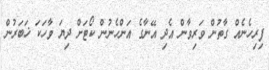
ފިރިހެނެއް ގާތުން ވަރިވާން އެދި އޭނާގެ އަންހެނުން ކޯޓަށް ދިޔަ ވާހަކަ ޚަބަރުން